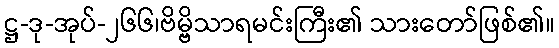
ဋ္ဌ-ဒု-အုပ်-၂၆၆၊ဗိမ္ဗိသာရမင်းကြီး၏ သားတော်ဖြစ်၏။